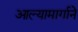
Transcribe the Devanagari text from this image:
आल्यामार्गाने